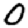
Digit: 0